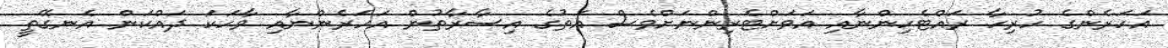
އަހަރެންގެ ހުރިހާ ރައްޓެހިންނާއި އަވަށްޓެރިންނަށްވެސް އަތުގެ އިސާރާތުން އަހަރެންނާއި ވާހަކަ ދައްކަން އެނގޭތީ